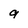
Character: 9